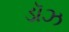
ડૉઝ